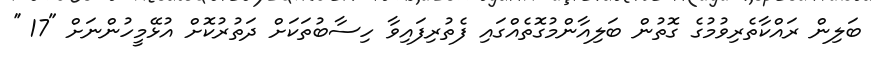
ބަލިން ރައްކާތެރިވުމުގެ ގޮތުން ބަލިއާންމުގޮތެއްގައި ފެތުރިފައިވާ ހިސާބުތަކަށް ދަތުރުކޮށް އުޅޭމީހުންނަށް "17 ''